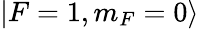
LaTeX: \left|F=1,m_{F}=0\right>